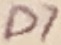
Text: D7